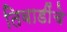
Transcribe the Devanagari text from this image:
तिवाडींचे